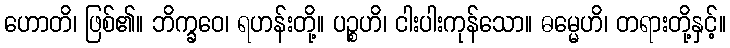
ဟောတိ၊ ဖြစ်၏။ ဘိက္ခဝေ၊ ရဟန်းတို့။ ပဉ္စဟိ၊ ငါးပါးကုန်သော။ ဓမ္မေဟိ၊ တရားတို့နှင့်။